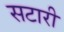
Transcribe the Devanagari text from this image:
सटारी